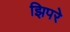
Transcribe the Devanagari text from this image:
झिपरे